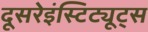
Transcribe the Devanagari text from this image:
दूसरेइंस्टिट्यूट्स